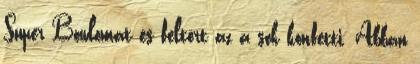
Super Bowlomat és feltört az a sok konfetti. Abban